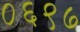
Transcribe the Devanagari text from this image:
०६९७